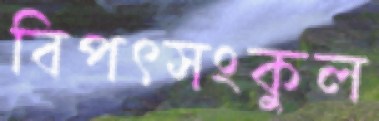
বিপৎসংকুল